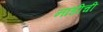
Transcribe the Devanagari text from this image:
नाडीची